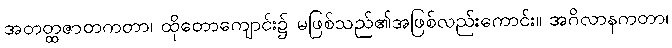
အတတ္ထဇာတကတာ၊ ထိုတောကျောင်း၌ မဖြစ်သည်၏အဖြစ်လည်းကောင်း။ အဂိလာနကတာ၊